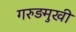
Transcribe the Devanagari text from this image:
गरुड़मुखी